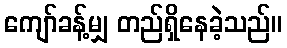
ကျော်ခန့်မျှ တည်ရှိနေခဲ့သည်။